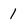
Character: 1